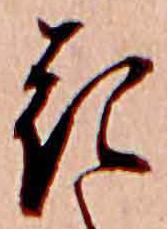
花